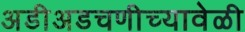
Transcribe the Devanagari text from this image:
अडीअडचणीच्यावेळी